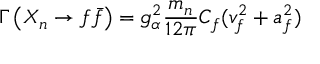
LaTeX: \Gamma \left( X _ { n } \rightarrow f \bar { f } \right) = g _ { \alpha } ^ { 2 } \frac { m _ { n } } { 1 2 \pi } C _ { f } ( v _ { f } ^ { 2 } + a _ { f } ^ { 2 } )